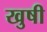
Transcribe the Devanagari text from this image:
खुषी